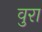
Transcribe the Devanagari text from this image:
वुरा